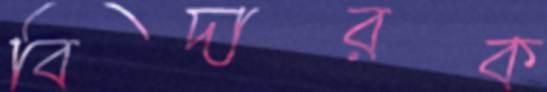
বিদারক